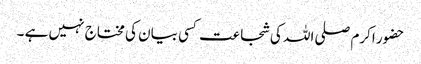
حضور اکرم صلی اللہ کی شجاعت کسی بیان کی مختاج نہیں ہے ۔